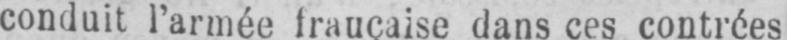
conduit l’armée française dans ces contrées